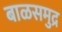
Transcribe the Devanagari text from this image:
बाळसमुद्र